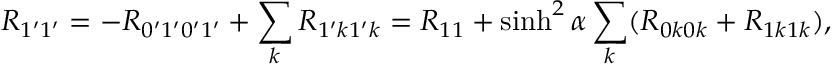
R _ { 1 ^ { \prime } 1 ^ { \prime } } = - R _ { 0 ^ { \prime } 1 ^ { \prime } 0 ^ { \prime } 1 ^ { \prime } } + \sum _ { k } R _ { 1 ^ { \prime } k 1 ^ { \prime } k } = R _ { 1 1 } + \sinh ^ { 2 } \alpha \sum _ { k } ( R _ { 0 k 0 k } + R _ { 1 k 1 k } ) ,